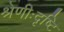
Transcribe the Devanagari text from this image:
श्रेणीःदृष्टि